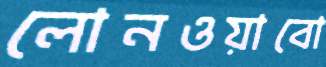
লোনওয়াবো